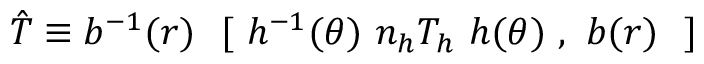
\hat { T } \equiv b ^ { - 1 } ( r ) \ { \mathrm { \bf ~ [ } \ h ^ { - 1 } ( \theta ) \ n _ { h } T _ { h } \ h ( \theta ) \ , \ b ( r ) \ \mathrm { \bf ~ ] } }